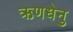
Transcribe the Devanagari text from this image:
ऋणधेनु